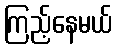
ကြည့်နေမယ်